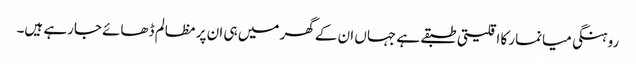
روہنگی میانمار کا اقلیتی طبقے ہے جہاں ان کے گھر میں ہی ان پر مظالم ڈھائے جارہے ہیں۔